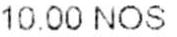
10.00 NOS